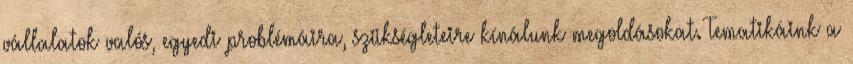
vállalatok valós, egyedi problémáira, szükségleteire kínálunk megoldásokat. Tematikáink a